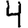
Digit: 4